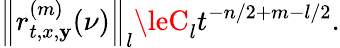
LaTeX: \left\| r_{t,x,\mathbf{y}}^{(m)}(\nu)\right\| _{l}\leC_{l}t^{-n/2+m-l/2}.